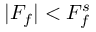
| F _ { f } | < F _ { f } ^ { s }